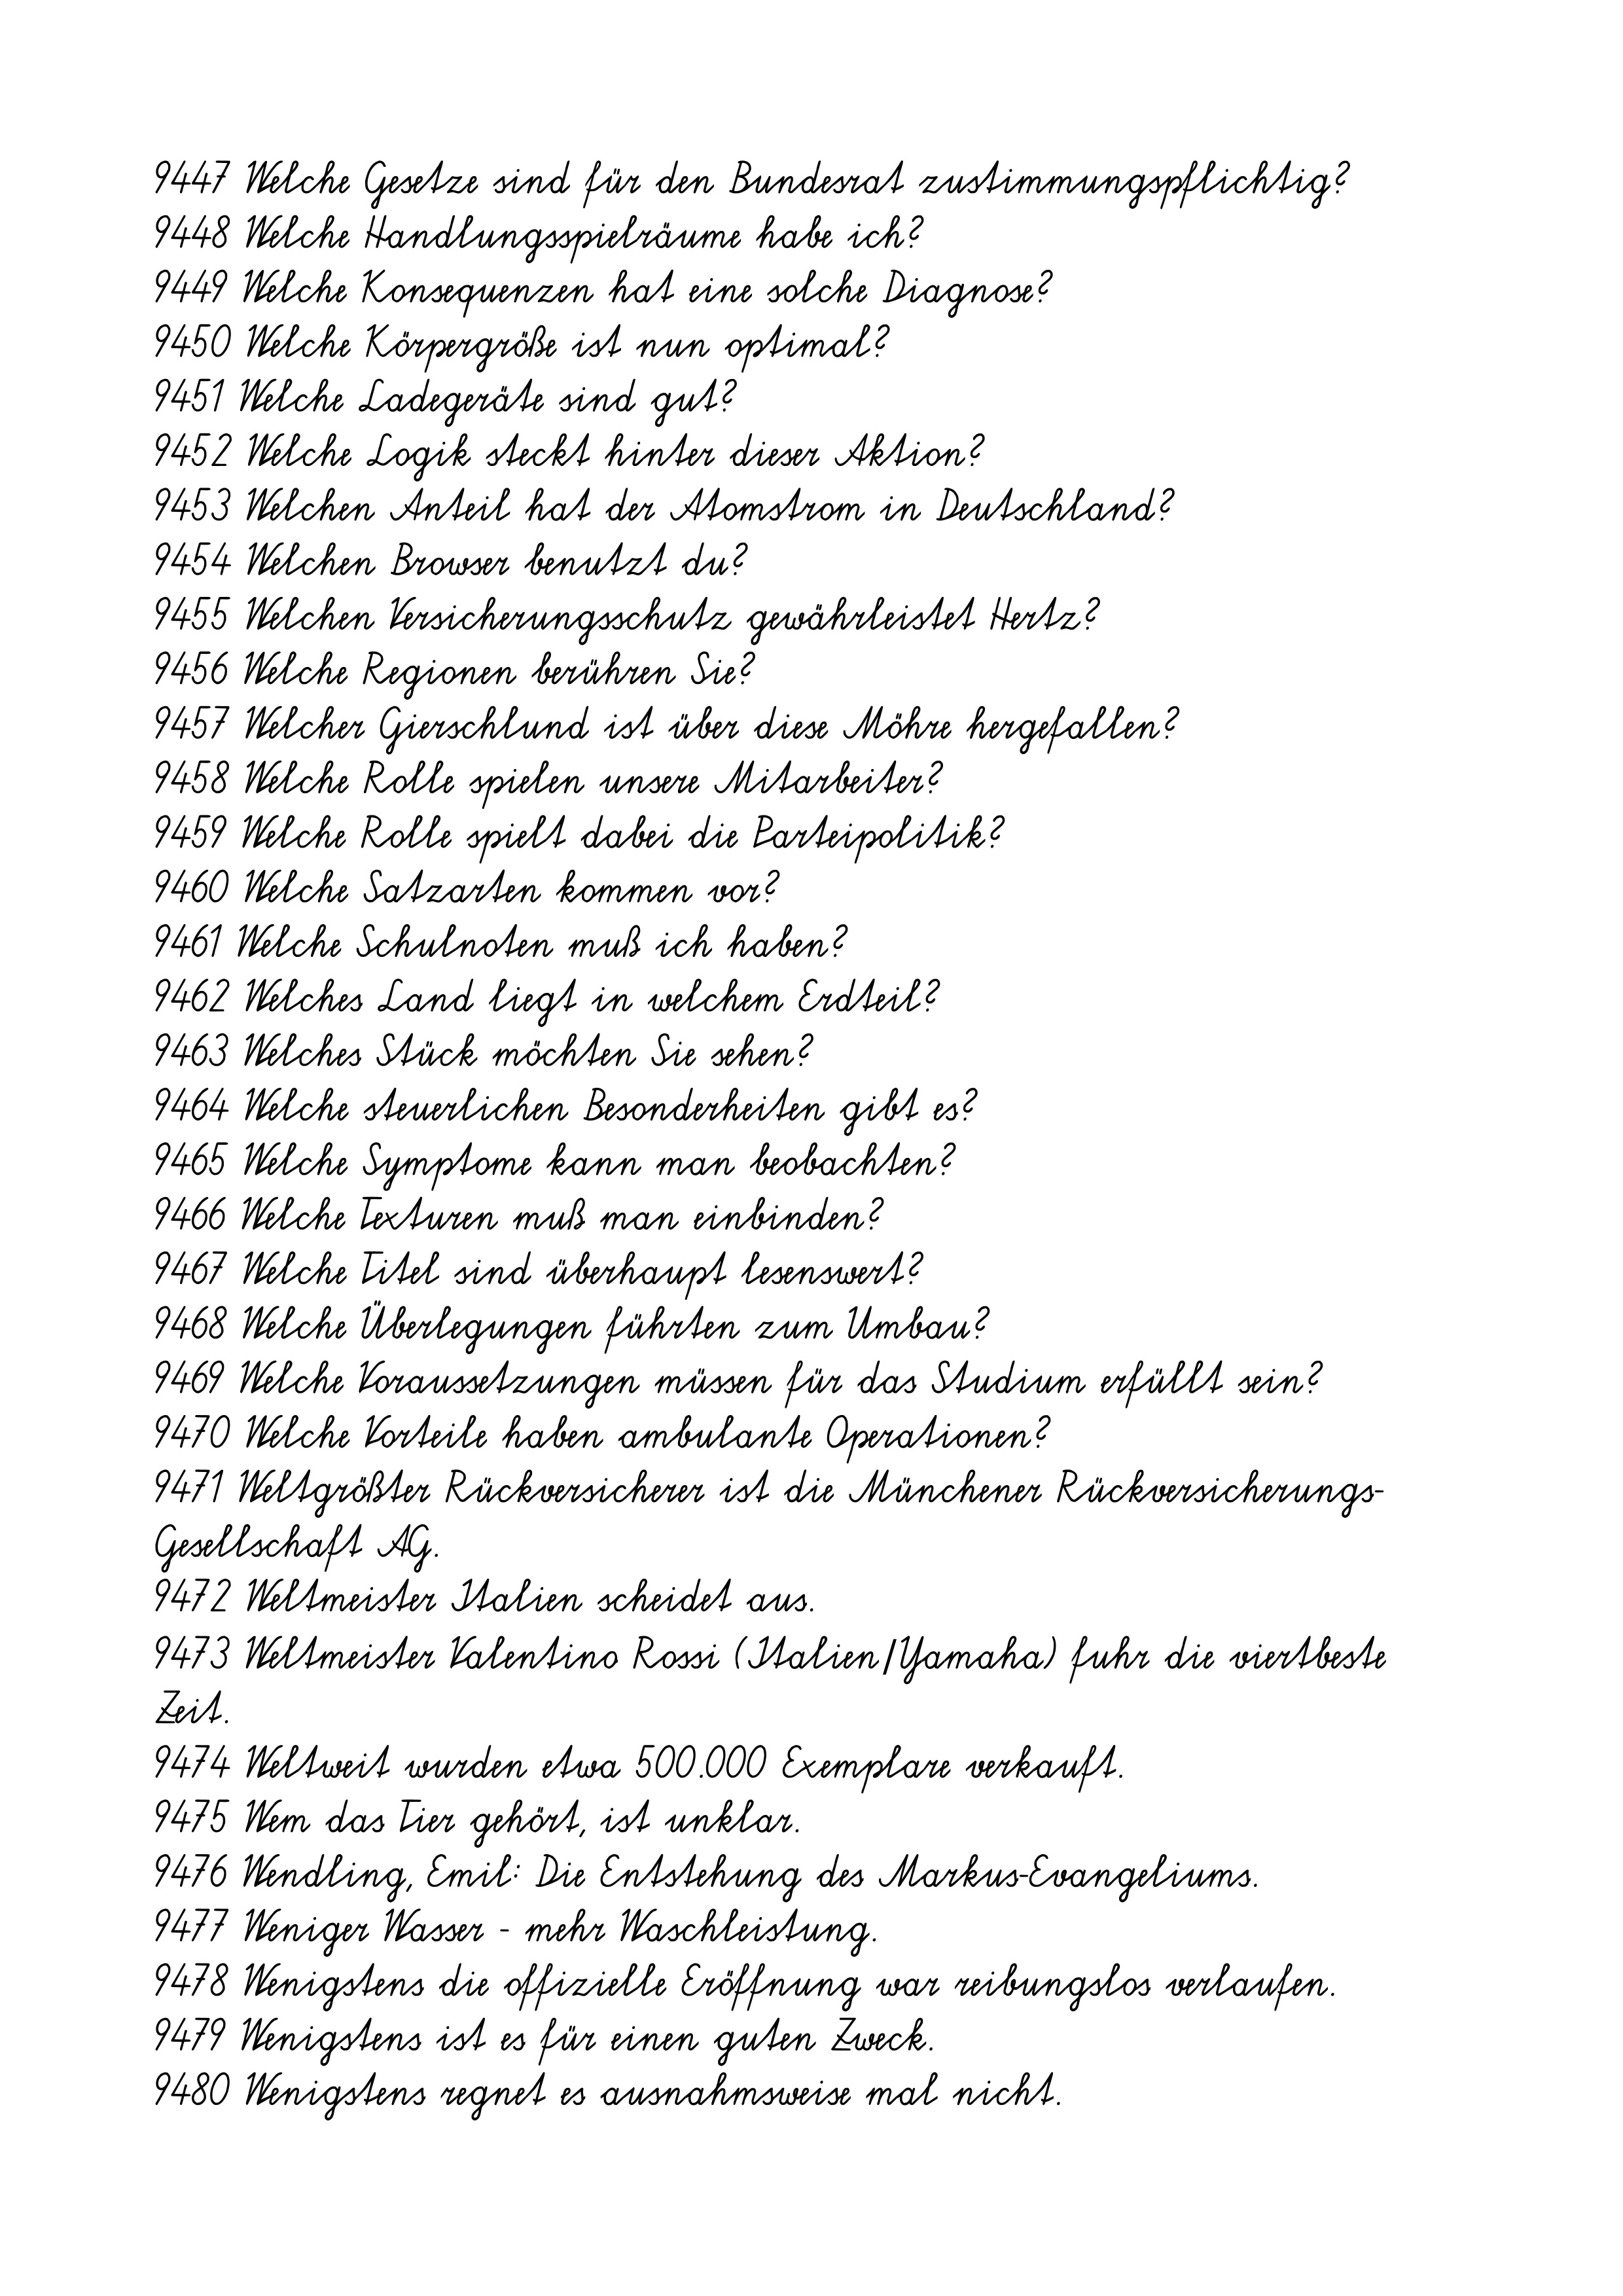
9447 Welche Gesetze sind für den Bundesrat zustimmungspflichtig?
9448 Welche Handlungsspielräume habe ich?
9449 Welche Konsequenzen hat eine solche Diagnose?
9450 Welche Körpergröße ist nun optimal?
9451 Welche Ladegeräte sind gut?
9452 Welche Logik steckt hinter dieser Aktion?
9453 Welchen Anteil hat der Atomstrom in Deutschland?
9454 Welchen Browser benutzt du?
9455 Welchen Versicherungsschutz gewährleistet Hertz?
9456 Welche Regionen berühren Sie?
9457 Welcher Gierschlund ist über diese Möhre hergefallen?
9458 Welche Rolle spielen unsere Mitarbeiter?
9459 Welche Rolle spielt dabei die Parteipolitik?
9460 Welche Satzarten kommen vor?
9461 Welche Schulnoten muß ich haben?
9462 Welches Land liegt in welchem Erdteil?
9463 Welches Stück möchten Sie sehen?
9464 Welche steuerlichen Besonderheiten gibt es?
9465 Welche Symptome kann man beobachten?
9466 Welche Texturen muß man einbinden?
9467 Welche Titel sind überhaupt lesenswert?
9468 Welche Überlegungen führten zum Umbau?
9469 Welche Voraussetzungen müssen für das Studium erfüllt sein?
9470 Welche Vorteile haben ambulante Operationen?
9471 Weltgrößter Rückversicherer ist die Münchener Rückversicherungs-
Gesellschaft AG.
9472 Weltmeister Italien scheidet aus.
9473 Weltmeister Valentino Rossi (Italien/Yamaha) fuhr die viertbeste
Zeit.
9474 Weltweit wurden etwa 500.000 Exemplare verkauft.
9475 Wem das Tier gehört, ist unklar.
9476 Wendling, Emil: Die Entstehung des Markus-Evangeliums.
9477 Weniger Wasser - mehr Waschleistung.
9478 Wenigstens die offizielle Eröffnung war reibungslos verlaufen.
9479 Wenigstens ist es für einen guten Zweck.
9480 Wenigstens regnet es ausnahmsweise mal nicht.